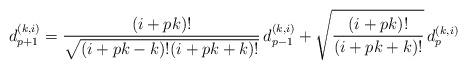
LaTeX: \begin{align*}d^{(k, i)}_{p+1} = \frac{(i+pk)!}{\sqrt{(i+pk-k)! (i+pk+k)!}}\, d^{(k, i)}_{p-1} + \sqrt{\frac{(i+pk)!}{(i+pk+k)!}}\, d^{(k, i)}_{p}\end{align*}